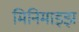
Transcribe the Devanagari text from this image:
मिनिमाइझ